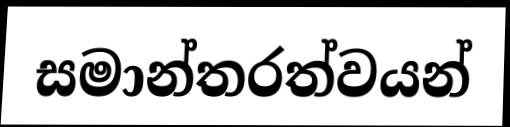
සමාන්තරත්වයන්